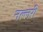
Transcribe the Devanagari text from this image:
नल्लरी